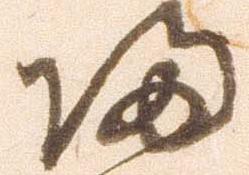
帰